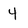
Character: 4